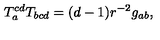
T _ { a } ^ { c d } T _ { b c d } = ( d - 1 ) r ^ { - 2 } g _ { a b } ,